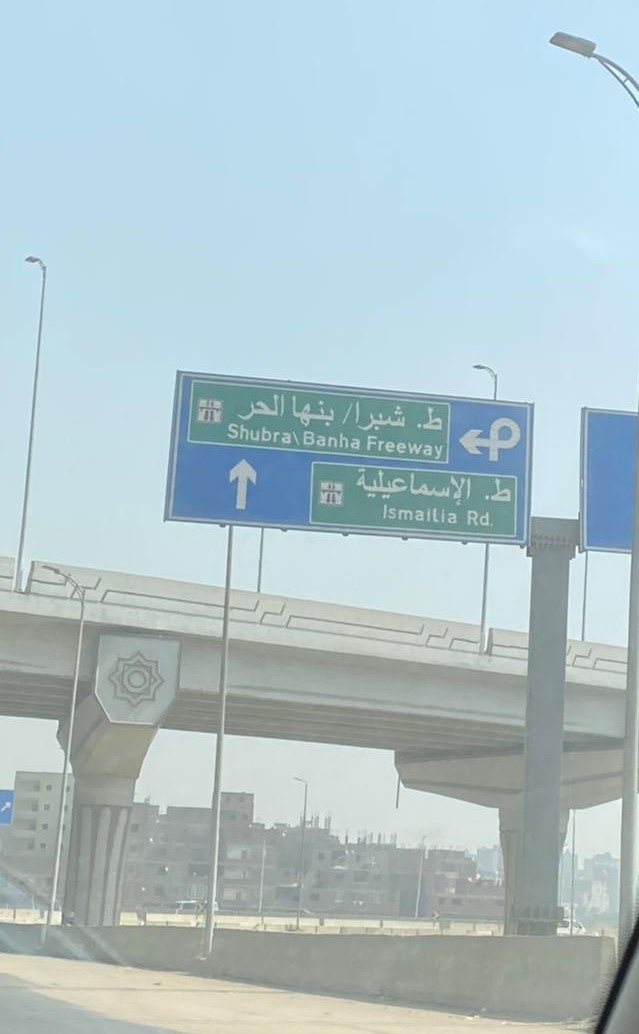
Text in image: الحر بنها شبرا ط الإسماعيلية Shubra Banha Freeway Ismailia Rd